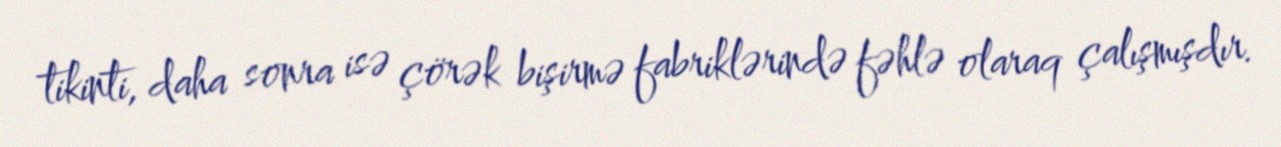
tikinti, daha sonra isə çörək bişirmə fabriklərində fəhlə olaraq çalışmışdır.